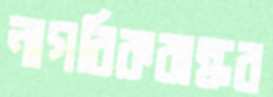
নাগরিকবান্ধব